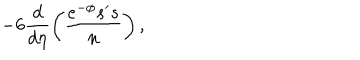
LaTeX: - 6 \frac { d } { d \eta } \left( \frac { e ^ { - \phi } s ^ { \prime } s } { n } \right) ,